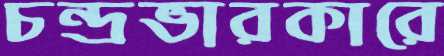
চন্দ্রভারকারে